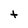
Character: t